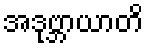
အဒုဗ္ဘာယာတိ